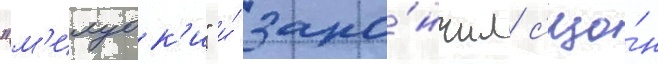
"м'илуок'и" и́ зако́нчил с'езо́н